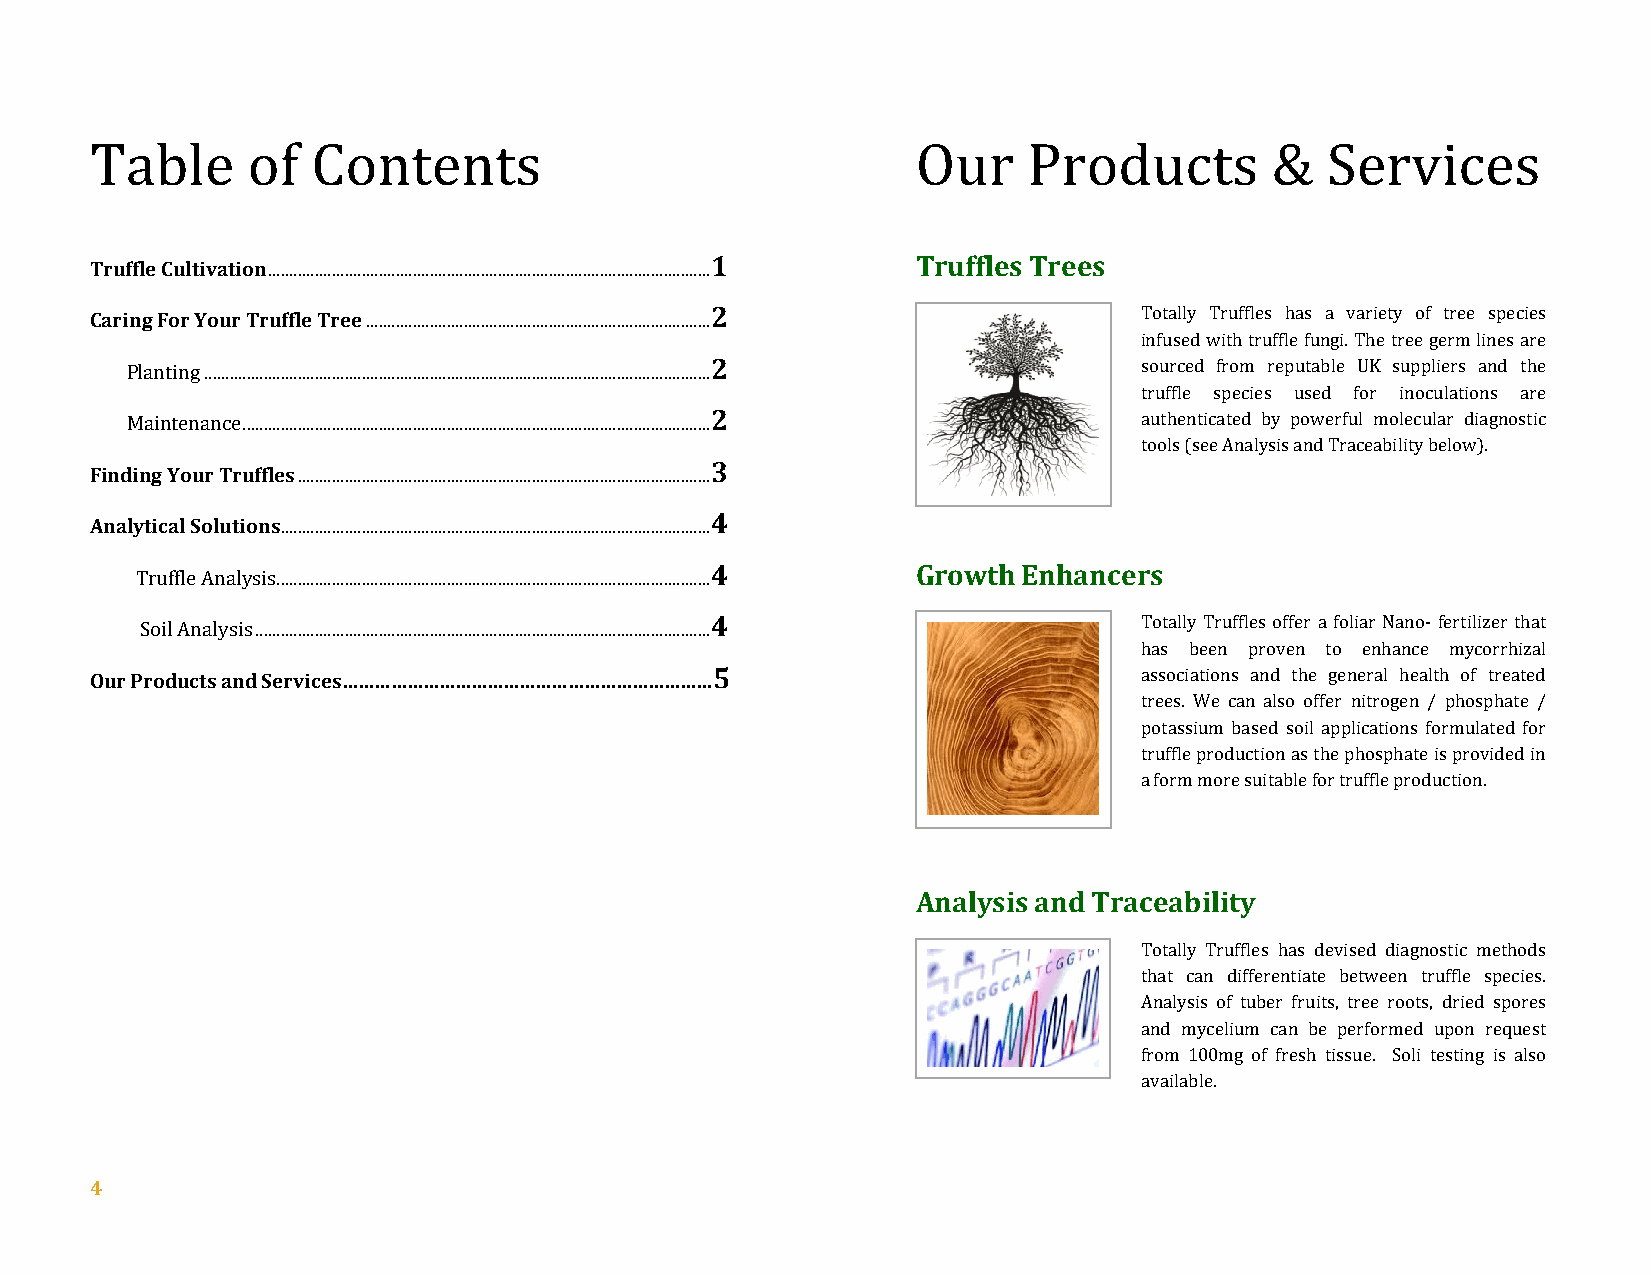
Table     of   Contents                                Our    Products        &   Services
 1             Truffles Trees
 Truffle Cultivation ........................................................................................................
 2                           Totally Truffles has a variety of tree species
 Caring For Your Truffle Tree .................................................................................
 infused with truffle fungi. The tree germ lines are
 Planting ....................................................................................................................... 2 sourced from reputable UK suppliers and the
 truffle species used for inoculations are
 Maintenance .............................................................................................................. 2 authenticated by powerful molecular diagnostic
 tools (see Analysis and Traceability below).
 3
 Finding Your Truffles .................................................................................................
 4
 Analytical Solutions.....................................................................................................
 4             Growth Enhancers
 Truffle Analysis ......................................................................................................
 4                           Totally Truffles offer a foliar Nano- fertilizer that
 Soil Analysis ...........................................................................................................
 has been proven to enhance mycorrhizal
 Our Products and Services……………………………………………………………5                    associations and the general health of treated
 trees. We can also offer nitrogen / phosphate /
 potassium based soil applications formulated for
 truffle production as the phosphate is provided in
 a form more suitable for truffle production.
 Analysis and Traceability
 Totally Truffles has devised diagnostic methods
 that can differentiate between truffle species.
 Analysis of tuber fruits, tree roots, dried spores
 and mycelium can be performed upon request
 from 100mg of fresh tissue. Soli testing is also
 available.
 4